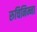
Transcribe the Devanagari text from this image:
रुचिनिम्ना